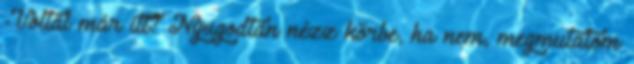
-Voltál már itt? Nyugodtan nézz körbe, ha nem, megmutatom